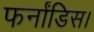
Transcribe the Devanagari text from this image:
फर्नांडिस।